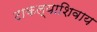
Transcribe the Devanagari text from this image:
टाकल्याशिवाय